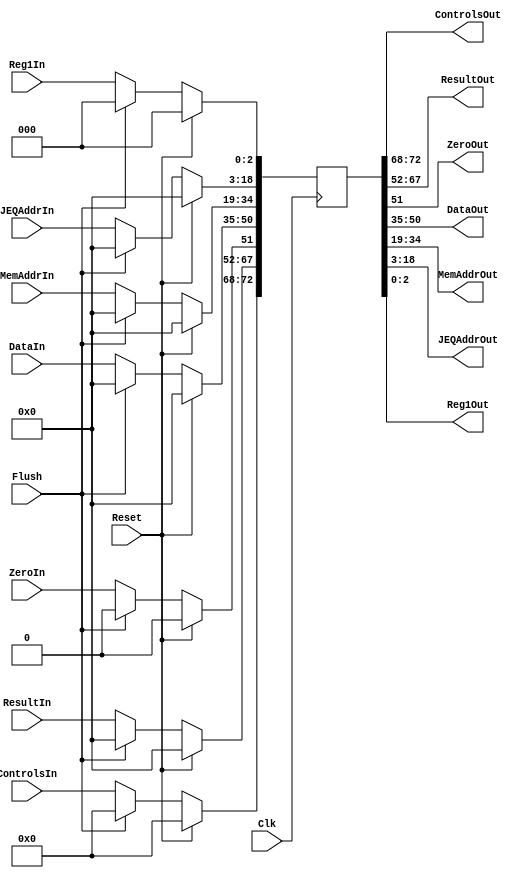
module EX_MEM(
input Clk,
input Reset,
input Flush,
input[4:0]ControlsIn,
input[15:0]ResultIn,
input ZeroIn,
input[15:0]DataIn,
input[15:0]MemAddrIn,
input[15:0]JEQAddrIn,
input[2:0]Reg1In,

output[4:0]ControlsOut,
output[15:0]ResultOut,
output ZeroOut,
output[15:0]DataOut,
output[15:0]MemAddrOut,
output[15:0]JEQAddrOut,
output[2:0]Reg1Out
);

reg[72:0]R;
assign ControlsOut=R[72:68];
assign ResultOut=R[67:52];
assign ZeroOut=R[51];
assign DataOut=R[50:35];
assign MemAddrOut=R[34:19];
assign JEQAddrOut=R[18:3];
assign Reg1Out=R[2:0];

always@(posedge Clk)
if(Reset)R<=0;
else if(Flush)R<=0;
else begin
R[72:68]<=ControlsIn;
R[67:52]<=ResultIn;
R[51]<=ZeroIn;
R[50:35]<=DataIn;
R[34:19]<=MemAddrIn;
R[18:3]<=JEQAddrIn;
R[2:0]<=Reg1In;
end
endmodule